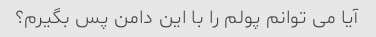
آیا می توانم پولم را با این دامن پس بگیرم؟